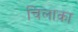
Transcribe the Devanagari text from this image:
चिलाका